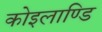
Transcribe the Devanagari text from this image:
कोइलाण्डि